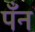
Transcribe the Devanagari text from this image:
पँन